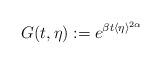
\begin{align*}G(t, \eta) := e^{\beta t \langle \eta\rangle^{2\alpha}}\end{align*}